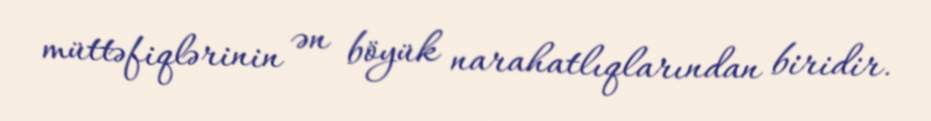
müttəfiqlərinin ən böyük narahatlıqlarından biridir.